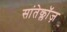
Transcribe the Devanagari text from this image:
सांतेक्लॉज़